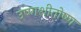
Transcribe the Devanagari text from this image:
उष्णशीतोष्ण